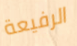
الرفيعة